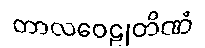
တာလဝေဠုတိဏံ